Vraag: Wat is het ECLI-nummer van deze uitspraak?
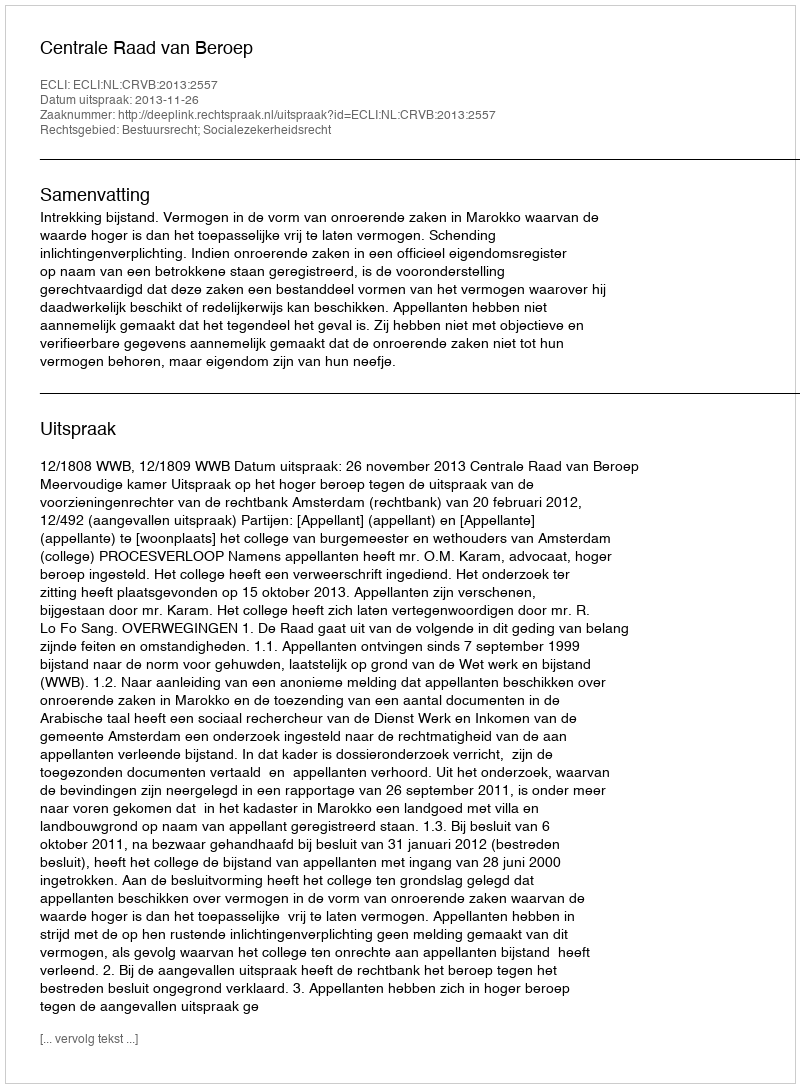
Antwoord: ECLI:NL:CRVB:2013:2557